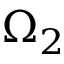
\Omega _ { 2 }